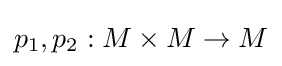
p_{1},p_{2}:M\times M\to M